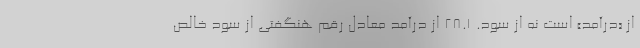
از «درآمد» است نه از سود. 28.1 از درآمد معادل رقم هنگفتی از سود خالص